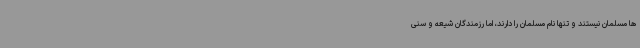
ها مسلمان نیستند و تنها نام مسلمان را دارند، اما رزمندگان شیعه و سنی